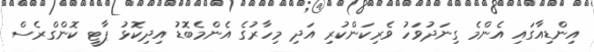
އިންޑިއާގައި އެންމެ ގިނަދުވަހު ވެރިކަންކުރި އަދި މިހާރުގެ އެންމެބޮޑު އިދިކޮޅު ޕާޓީ ކޮންގްރެސް